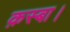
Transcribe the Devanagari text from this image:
क़स्बा।